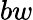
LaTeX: bw